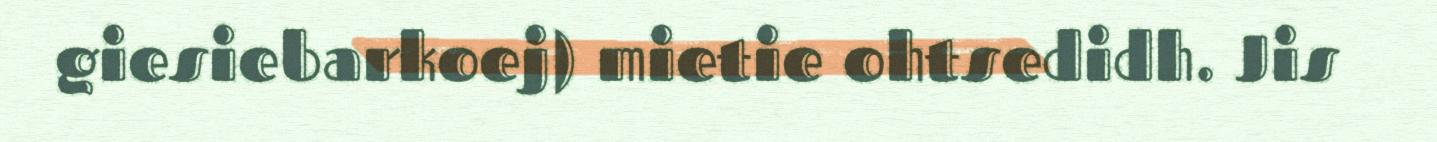
giesiebarkoej) mietie ohtsedidh. Jis